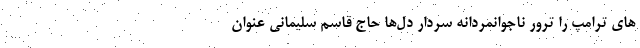
های ترامپ را ترور ناجوانمردانه سردار دل‌ها حاج قاسم سلیمانی عنوان